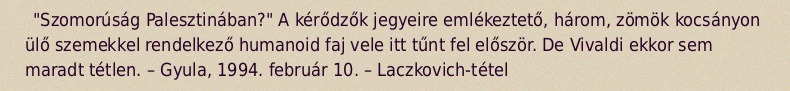
"Szomorúság Palesztinában?" A kérődzők jegyeire emlékeztető, három, zömök kocsányon ülő szemekkel rendelkező humanoid faj vele itt tűnt fel először. De Vivaldi ekkor sem maradt tétlen. – Gyula, 1994. február 10. – Laczkovich-tétel